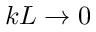
k L \rightarrow 0